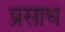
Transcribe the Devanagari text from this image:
प्रसाध